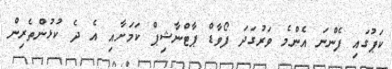
ކަޕުގައި ފެންނަ އެންމެ ވަރުގަދަ ފޯވާޑް ޕާޓްނާޝިޕް ކަމަށާއި އެ ދެ ކުޅުންތެރިން